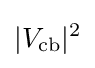
|V_{\text{cb}}|^{2}